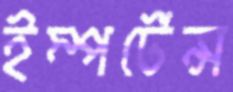
ইম্পর্টেন্স